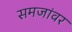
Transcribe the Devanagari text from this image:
समजांवर